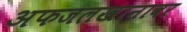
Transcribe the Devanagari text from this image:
अफजलखानावर